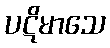
ပဋိမာသေ